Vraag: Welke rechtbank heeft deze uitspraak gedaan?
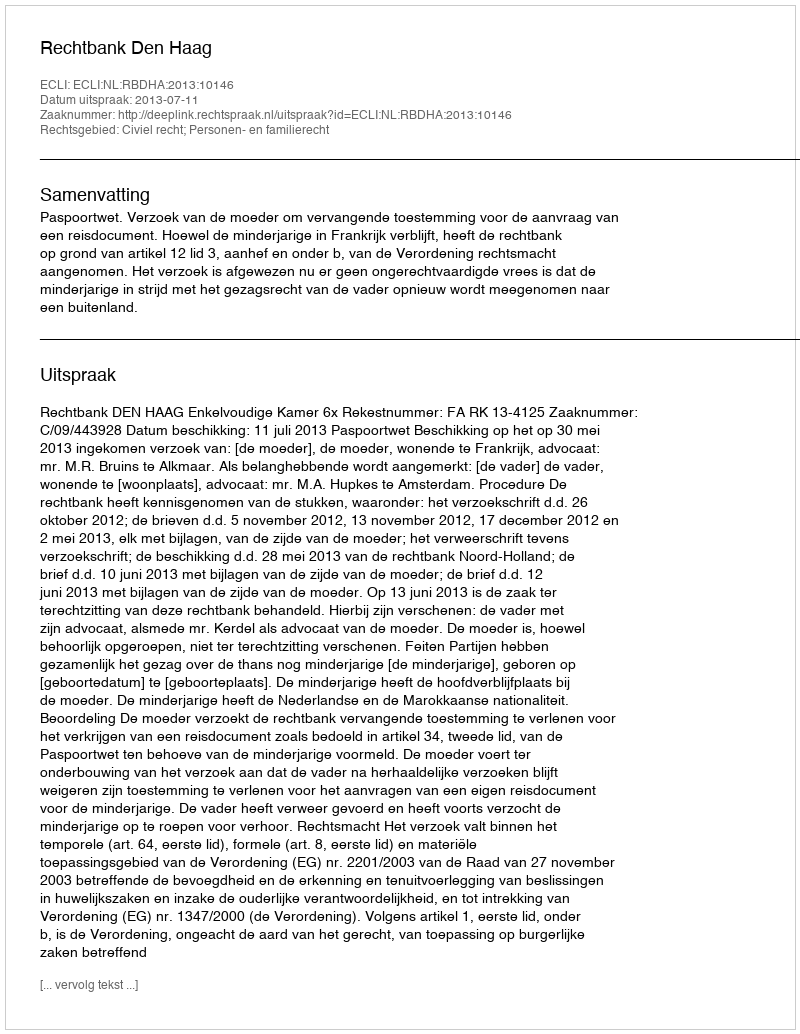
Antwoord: Rechtbank Den Haag